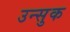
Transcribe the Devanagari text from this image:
उन्सुक